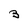
Character: 3